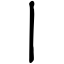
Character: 丨